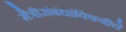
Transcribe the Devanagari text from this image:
मैत्रीसंबंधांविषयीचे